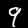
Label: 9